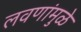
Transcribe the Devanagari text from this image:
लवणांमुळे